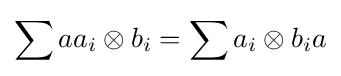
\sum aa_{i}\otimes b_{i}=\sum a_{i}\otimes b_{i}a